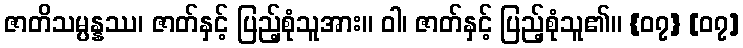
ဇာတိသမ္ပန္နဿ၊ ဇာတ်နှင့် ပြည့်စုံသူအား။ ဝါ၊ ဇာတ်နှင့် ပြည့်စုံသူ၏။ {၀၇} [၀၇]